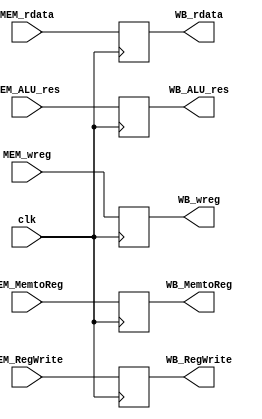
module MEM_WB(clk, MEM_MemtoReg, MEM_RegWrite, MEM_rdata, MEM_ALU_res, MEM_wreg,
				   WB_MemtoReg, WB_RegWrite, WB_rdata , WB_ALU_res, WB_wreg);
	input			clk;
	input			MEM_MemtoReg;
	input			MEM_RegWrite;
	input	[31:0]	MEM_rdata;
	input	[31:0]	MEM_ALU_res;
	input	[4:0]	MEM_wreg;

	output			WB_MemtoReg;
	output			WB_RegWrite;
	output	[31:0]	WB_rdata;
	output	[31:0]	WB_ALU_res;
	output	[4:0]	WB_wreg;

	reg				MemtoReg;
	reg				RegWrite;
	reg		[31:0]	rdata;
	reg		[31:0]	ALU_res;
	reg		[4:0]	wreg;

	initial begin
		MemtoReg	=	0;
		RegWrite	=	0;
		rdata		=	0;
		ALU_res		=	0;
		wreg		=	0;
	end

	always @(posedge clk) begin
		MemtoReg	<=	MEM_MemtoReg;
		RegWrite	<=	MEM_RegWrite;
		rdata		<=	MEM_rdata;
		ALU_res		<=	MEM_ALU_res;
		wreg		<=	MEM_wreg;
	end

	assign WB_MemtoReg	=	MemtoReg;
	assign WB_RegWrite	=	RegWrite;
	assign WB_rdata		=	rdata;
	assign WB_ALU_res	=	ALU_res;
	assign WB_wreg 		= 	wreg;
endmodule